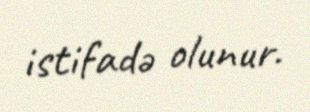
istifadə olunur.